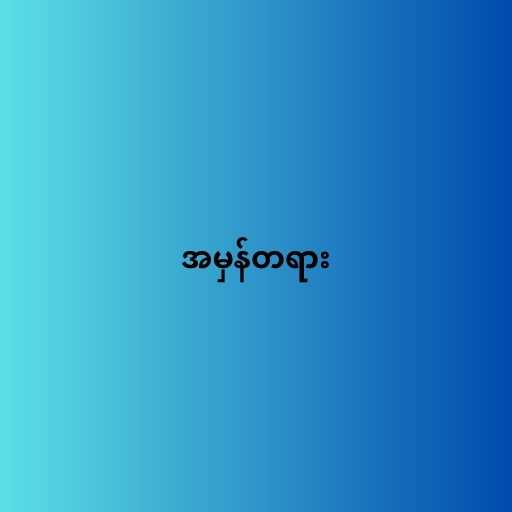
အမှန်တရား